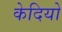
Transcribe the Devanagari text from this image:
केदियो